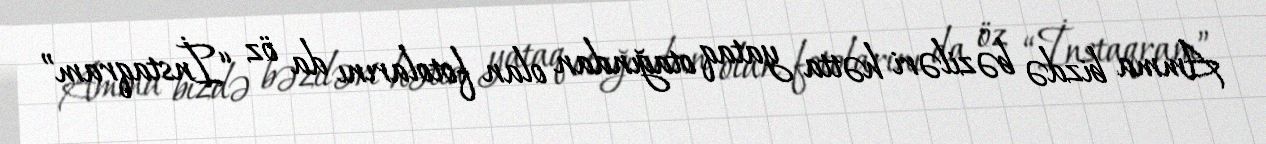
Amma bizdə bəziləri hətta yataq otağından olan fotolarını da öz “İnstaqram”